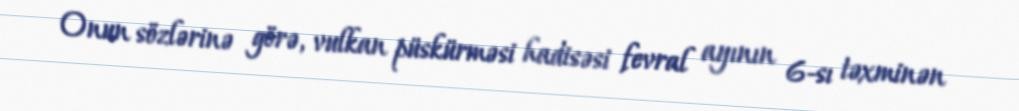
Onun sözlərinə görə, vulkan püskürməsi hadisəsi fevral ayının 6-sı təxminən